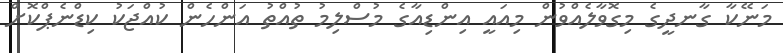
މަނޭކާ ގާނދީގެ މިގޮވާލެއްވުން މިއައީ އިންޑިއާގެ މުސްލިމު ތުއްތު އަންހެން ކުއްޖަކު ކިޑްނެޕްކޮށް